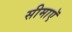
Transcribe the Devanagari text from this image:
सीमाएॅ